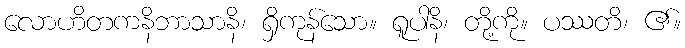
လောဟိတကနိဘာသာနိ၊ ရှိကုန်သော။ ရူပါနိ၊ တို့ကို။ ပဿတိ၊ ၏။